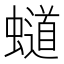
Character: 𧒴